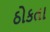
ઠોકતા